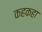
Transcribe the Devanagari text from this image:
कहकहा